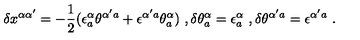
\delta x ^ { \alpha \alpha ^ { \prime } } = - { \frac { 1 } { 2 } } ( \epsilon _ { a } ^ { \alpha } \theta ^ { \alpha ^ { \prime } a } + \epsilon ^ { \alpha ^ { \prime } a } \theta _ { a } ^ { \alpha } ) \ , \delta \theta _ { a } ^ { \alpha } = \epsilon _ { a } ^ { \alpha } \ , \delta \theta ^ { \alpha ^ { \prime } a } = \epsilon ^ { \alpha ^ { \prime } a } \ .